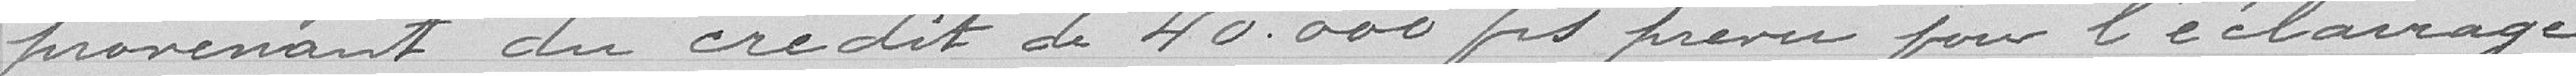
provenant du crédit de 40000 francs prévu pour l'éclairage